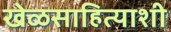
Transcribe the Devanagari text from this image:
खेळसाहित्याशी